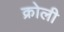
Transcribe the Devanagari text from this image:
क्रोली